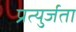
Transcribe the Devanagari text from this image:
प्रत्युर्जता